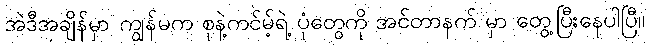
အဲဒီအချိန်မှာ ကျွန်မက စုနဲ့ကင်မ့်ရဲ့ ပုံတွေကို အင်တာနက် မှာ တွေ့ပြီးနေပါပြီ။